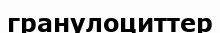
гранулоциттер